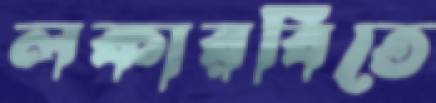
লকারবিতে